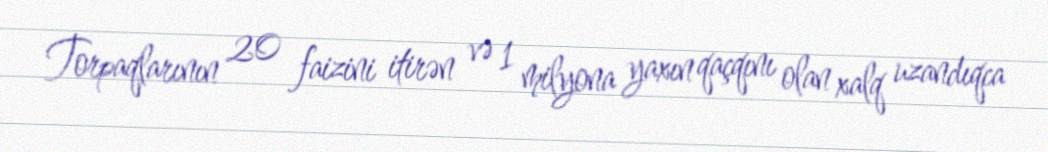
Torpaqlarının 20 faizini itirən və 1 milyona yaxın qaçqını olan xalq uzandıqca